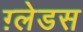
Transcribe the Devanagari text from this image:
ग़्लेडस